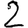
Digit: 2